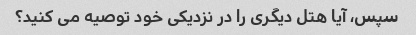
سپس، آیا هتل دیگری را در نزدیکی خود توصیه می کنید؟